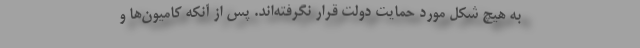
به هیچ شکل مورد حمایت دولت قرار نگرفته‌اند. پس از آنکه کامیون‌ها و